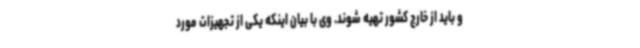
و باید از خارج کشور تهیه شوند. وی با بیان اینکه یکی از تجهیزات مورد